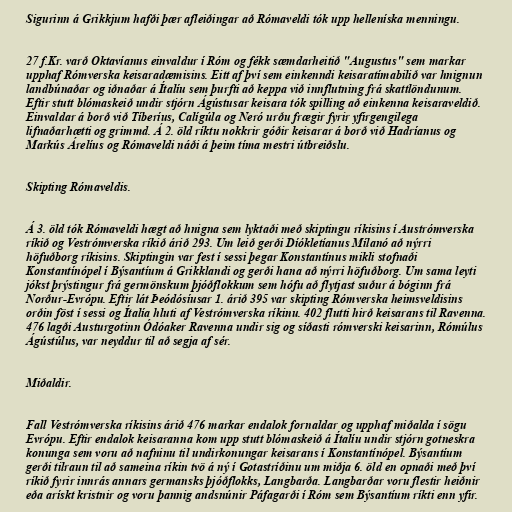
Sigurinn á Grikkjum hafði þær afleiðingar að Rómaveldi tók upp helleníska menningu.

27 f.Kr. varð Oktavíanus einvaldur í Róm og fékk sæmdarheitið "Augustus" sem markar
upphaf Rómverska keisaradæmisins. Eitt af því sem einkenndi keisaratímabilið var hnignun
landbúnaðar og iðnaðar á Ítalíu sem þurfti að keppa við innflutning frá skattlöndunum.
Eftir stutt blómaskeið undir stjórn Ágústusar keisara tók spilling að einkenna keisaraveldið.
Einvaldar á borð við Tíberíus, Calígúla og Neró urðu frægir fyrir yfirgengilega
lifnaðarhætti og grimmd. Á 2. öld ríktu nokkrir góðir keisarar á borð við Hadríanus og
Markús Árelíus og Rómaveldi náði á þeim tíma mestri útbreiðslu.

Skipting Rómaveldis.

Á 3. öld tók Rómaveldi hægt að hnigna sem lyktaði með skiptingu ríkisins í Austrómverska
ríkið og Vestrómverska ríkið árið 293. Um leið gerði Díókletíanus Mílanó að nýrri
höfuðborg ríkisins. Skiptingin var fest í sessi þegar Konstantínus mikli stofnaði
Konstantínópel í Býsantíum á Grikklandi og gerði hana að nýrri höfuðborg. Um sama leyti
jókst þrýstingur frá germönskum þjóðflokkum sem hófu að flytjast suður á bóginn frá
Norður-Evrópu. Eftir lát Þeódósíusar 1. árið 395 var skipting Rómverska heimsveldisins
orðin föst í sessi og Ítalía hluti af Vestrómverska ríkinu. 402 flutti hirð keisarans til Ravenna.
476 lagði Austurgotinn Ódóaker Ravenna undir sig og síðasti rómverski keisarinn, Rómúlus
Ágústúlus, var neyddur til að segja af sér.

Miðaldir.

Fall Vestrómverska ríkisins árið 476 markar endalok fornaldar og upphaf miðalda í sögu
Evrópu. Eftir endalok keisaranna kom upp stutt blómaskeið á Ítalíu undir stjórn gotneskra
konunga sem voru að nafninu til undirkonungar keisarans í Konstantínópel. Býsantíum
gerði tilraun til að sameina ríkin tvö á ný í Gotastríðinu um miðja 6. öld en opnaði með því
ríkið fyrir innrás annars germansks þjóðflokks, Langbarða. Langbarðar voru flestir heiðnir
eða arískt kristnir og voru þannig andsnúnir Páfagarði í Róm sem Býsantíum ríkti enn yfir.